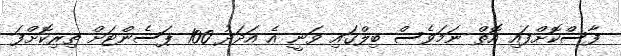
ފާސްކޮށްފައި އޮތް ނަމަވެސް ބިލްގައި ވަނީ އެ އަދަދު 100 ޕަސެންޓަށް ތިރިކޮށްފަ